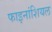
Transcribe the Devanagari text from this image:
फाइनांशियल